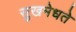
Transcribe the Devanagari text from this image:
सुखमेधते